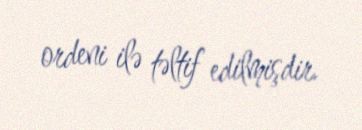
ordeni ilə təltif edilmişdir.